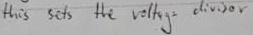
Text: this sets the voltage divisor